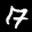
Label: 7